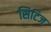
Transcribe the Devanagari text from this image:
सिटिज